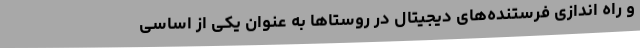
و راه اندازی فرستنده‌های دیجیتال در روستاها به عنوان یکی از اساسی